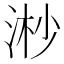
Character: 𣶲